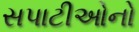
સપાટીઓનો